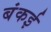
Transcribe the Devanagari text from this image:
बंकई